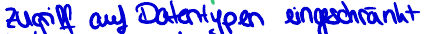
Zugriff auf Datentypen eingeschränkt